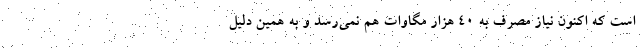
است که اکنون نیاز مصرف به ۴۰ هزار مگاوات هم نمی‌رسد و به همین دلیل